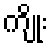
ကျိုး